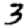
Digit: 3